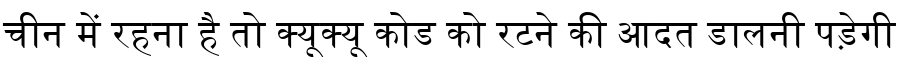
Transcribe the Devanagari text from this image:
चीन में रहना है तो क्यूक्यू कोड को रटने की आदत डालनी पड़ेगी